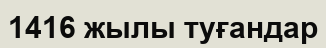
1416 жылы туғандар